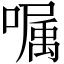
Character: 嘱